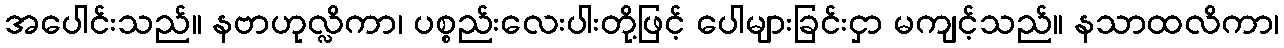
အပေါင်းသည်။ နဗာဟုလ္လိကာ၊ ပစ္စည်းလေးပါးတို့ဖြင့် ပေါများခြင်းငှာ မကျင့်သည်။ နသာထလိကာ၊